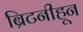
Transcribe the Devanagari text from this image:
ब्रिटनीहून